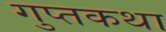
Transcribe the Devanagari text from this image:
गुप्तकथा